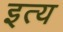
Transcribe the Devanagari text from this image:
इत्य